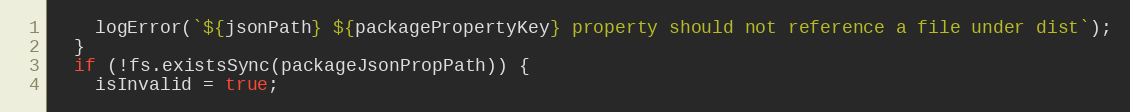
Language: JavaScript
    logError(`${jsonPath} ${packagePropertyKey} property should not reference a file under dist`);
  }
  if (!fs.existsSync(packageJsonPropPath)) {
    isInvalid = true;